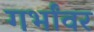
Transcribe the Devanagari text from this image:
गर्भांवर